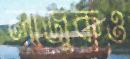
লাজুকও